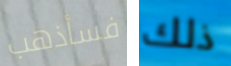
فسأذهب ذلك